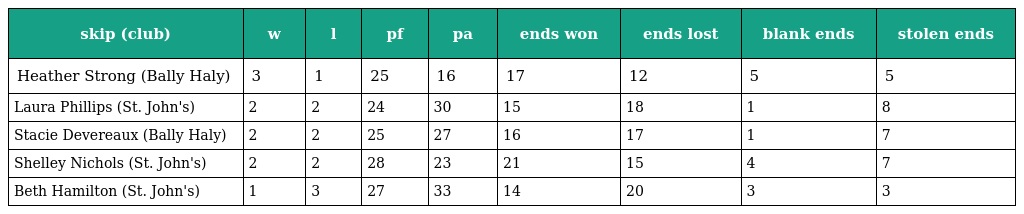
| skip (club) | w | l | pf | pa | ends won | ends lost | blank ends | stolen ends |
 | --- | --- | --- | --- | --- | --- | --- | --- | --- |
 | Heather Strong (Bally Haly) | 3 | 1 | 25 | 16 | 17 | 12 | 5 | 5 |
 | Laura Phillips (St. John's) | 2 | 2 | 24 | 30 | 15 | 18 | 1 | 8 |
 | Stacie Devereaux (Bally Haly) | 2 | 2 | 25 | 27 | 16 | 17 | 1 | 7 |
 | Shelley Nichols (St. John's) | 2 | 2 | 28 | 23 | 21 | 15 | 4 | 7 |
 | Beth Hamilton (St. John's) | 1 | 3 | 27 | 33 | 14 | 20 | 3 | 3 |